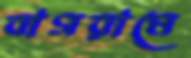
বাগরামে